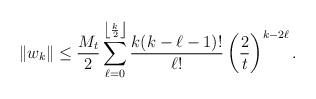
\begin{align*} \|w_k\| \le \frac{M_t}{2} \sum\limits_{\ell=0}^{\left \lfloor \frac{k}{2} \right \rfloor} \frac{k(k-\ell-1)!}{\ell !} \left( \frac{2}{t} \right)^{k - 2\ell}.\end{align*}